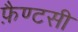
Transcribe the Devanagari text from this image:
फ़ैण्टसी